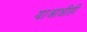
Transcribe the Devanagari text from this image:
याआधीही